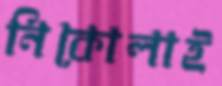
নিকোলাই